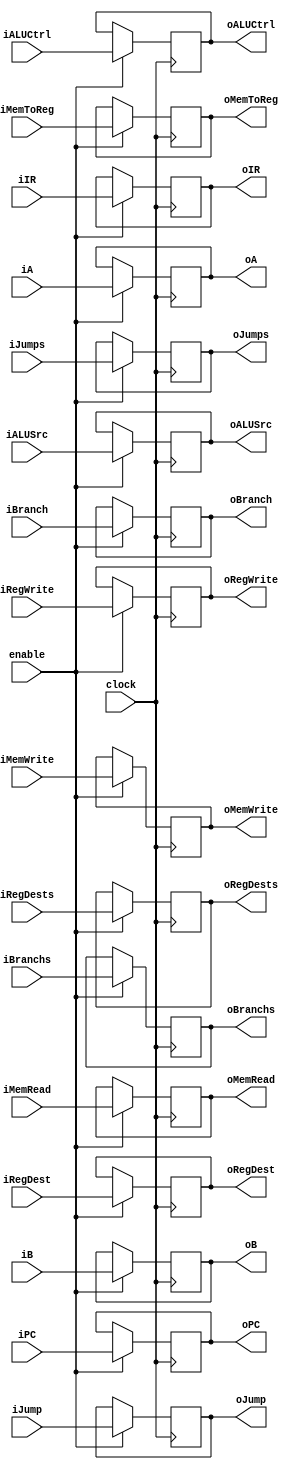
module IDEX(clock,iRegDests,iRegWrite,iALUSrc,iMemRead,iMemWrite,iMemToReg,iBranchs,iJumps,iALUCtrl,
iIR,iPC,iA,iB,iRegDest,iBranch,iJump,
oRegDests,oRegWrite,oALUSrc,oMemRead,oMemWrite,oMemToReg,oBranchs,oJumps,oALUCtrl,
oIR,oPC,oA,oB,oRegDest,oBranch,oJump,enable);
input [31:0] iIR,iPC,iA,iB,iBranch,iJump;
input clock,enable;
input iRegDests,iRegWrite,iALUSrc,iMemRead,iMemWrite,iMemToReg,iBranchs,iJumps;
input [3:0]iALUCtrl;
input [4:0] iRegDest;
output [31:0] oIR,oPC,oA,oB,oBranch,oJump;
output oRegDests,oRegWrite,oALUSrc,oMemRead,oMemWrite,oMemToReg,oBranchs,oJumps;
output [3:0]oALUCtrl;
output [4:0]oRegDest;
reg [31:0] oIR,oPC,oA,oB,oResult,oBranch,oJump;
reg oZero;
reg oRegDests,oRegWrite,oALUSrc,oMemRead,oMemWrite,oMemToReg,oBranchs,oJumps;
reg [3:0]oALUCtrl;
reg [4:0]oRegDest;
initial begin
 oPC=32'b0;
oIR=32'b0;
end
always @(posedge clock)
begin
if(enable)begin
oRegDests<=iRegDests;
oRegWrite<=iRegWrite;
oALUSrc<=iALUSrc;
oMemRead<=iMemRead;
oMemWrite<=iMemWrite;
oMemToReg<=iMemToReg;
oBranchs<=iBranchs;
oJumps<=iJumps;
oALUCtrl<=iALUCtrl;
oIR<=iIR;
oPC<=iPC;
oA<=iA;
oB<=iB;
oRegDest<=iRegDest;
oBranch<=iBranch;
oJump<=iJump;
end
end
endmodule